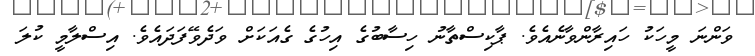
ވަންނަ މީހަކު ހައިރާންވާނެއެވެ. ޕާކިސްތާނު ހިސާބުގެ އިހުގެ ގެއަކަށް ވަދެވޭފަދައެވެ. އިސްލާމީ ކުލަ